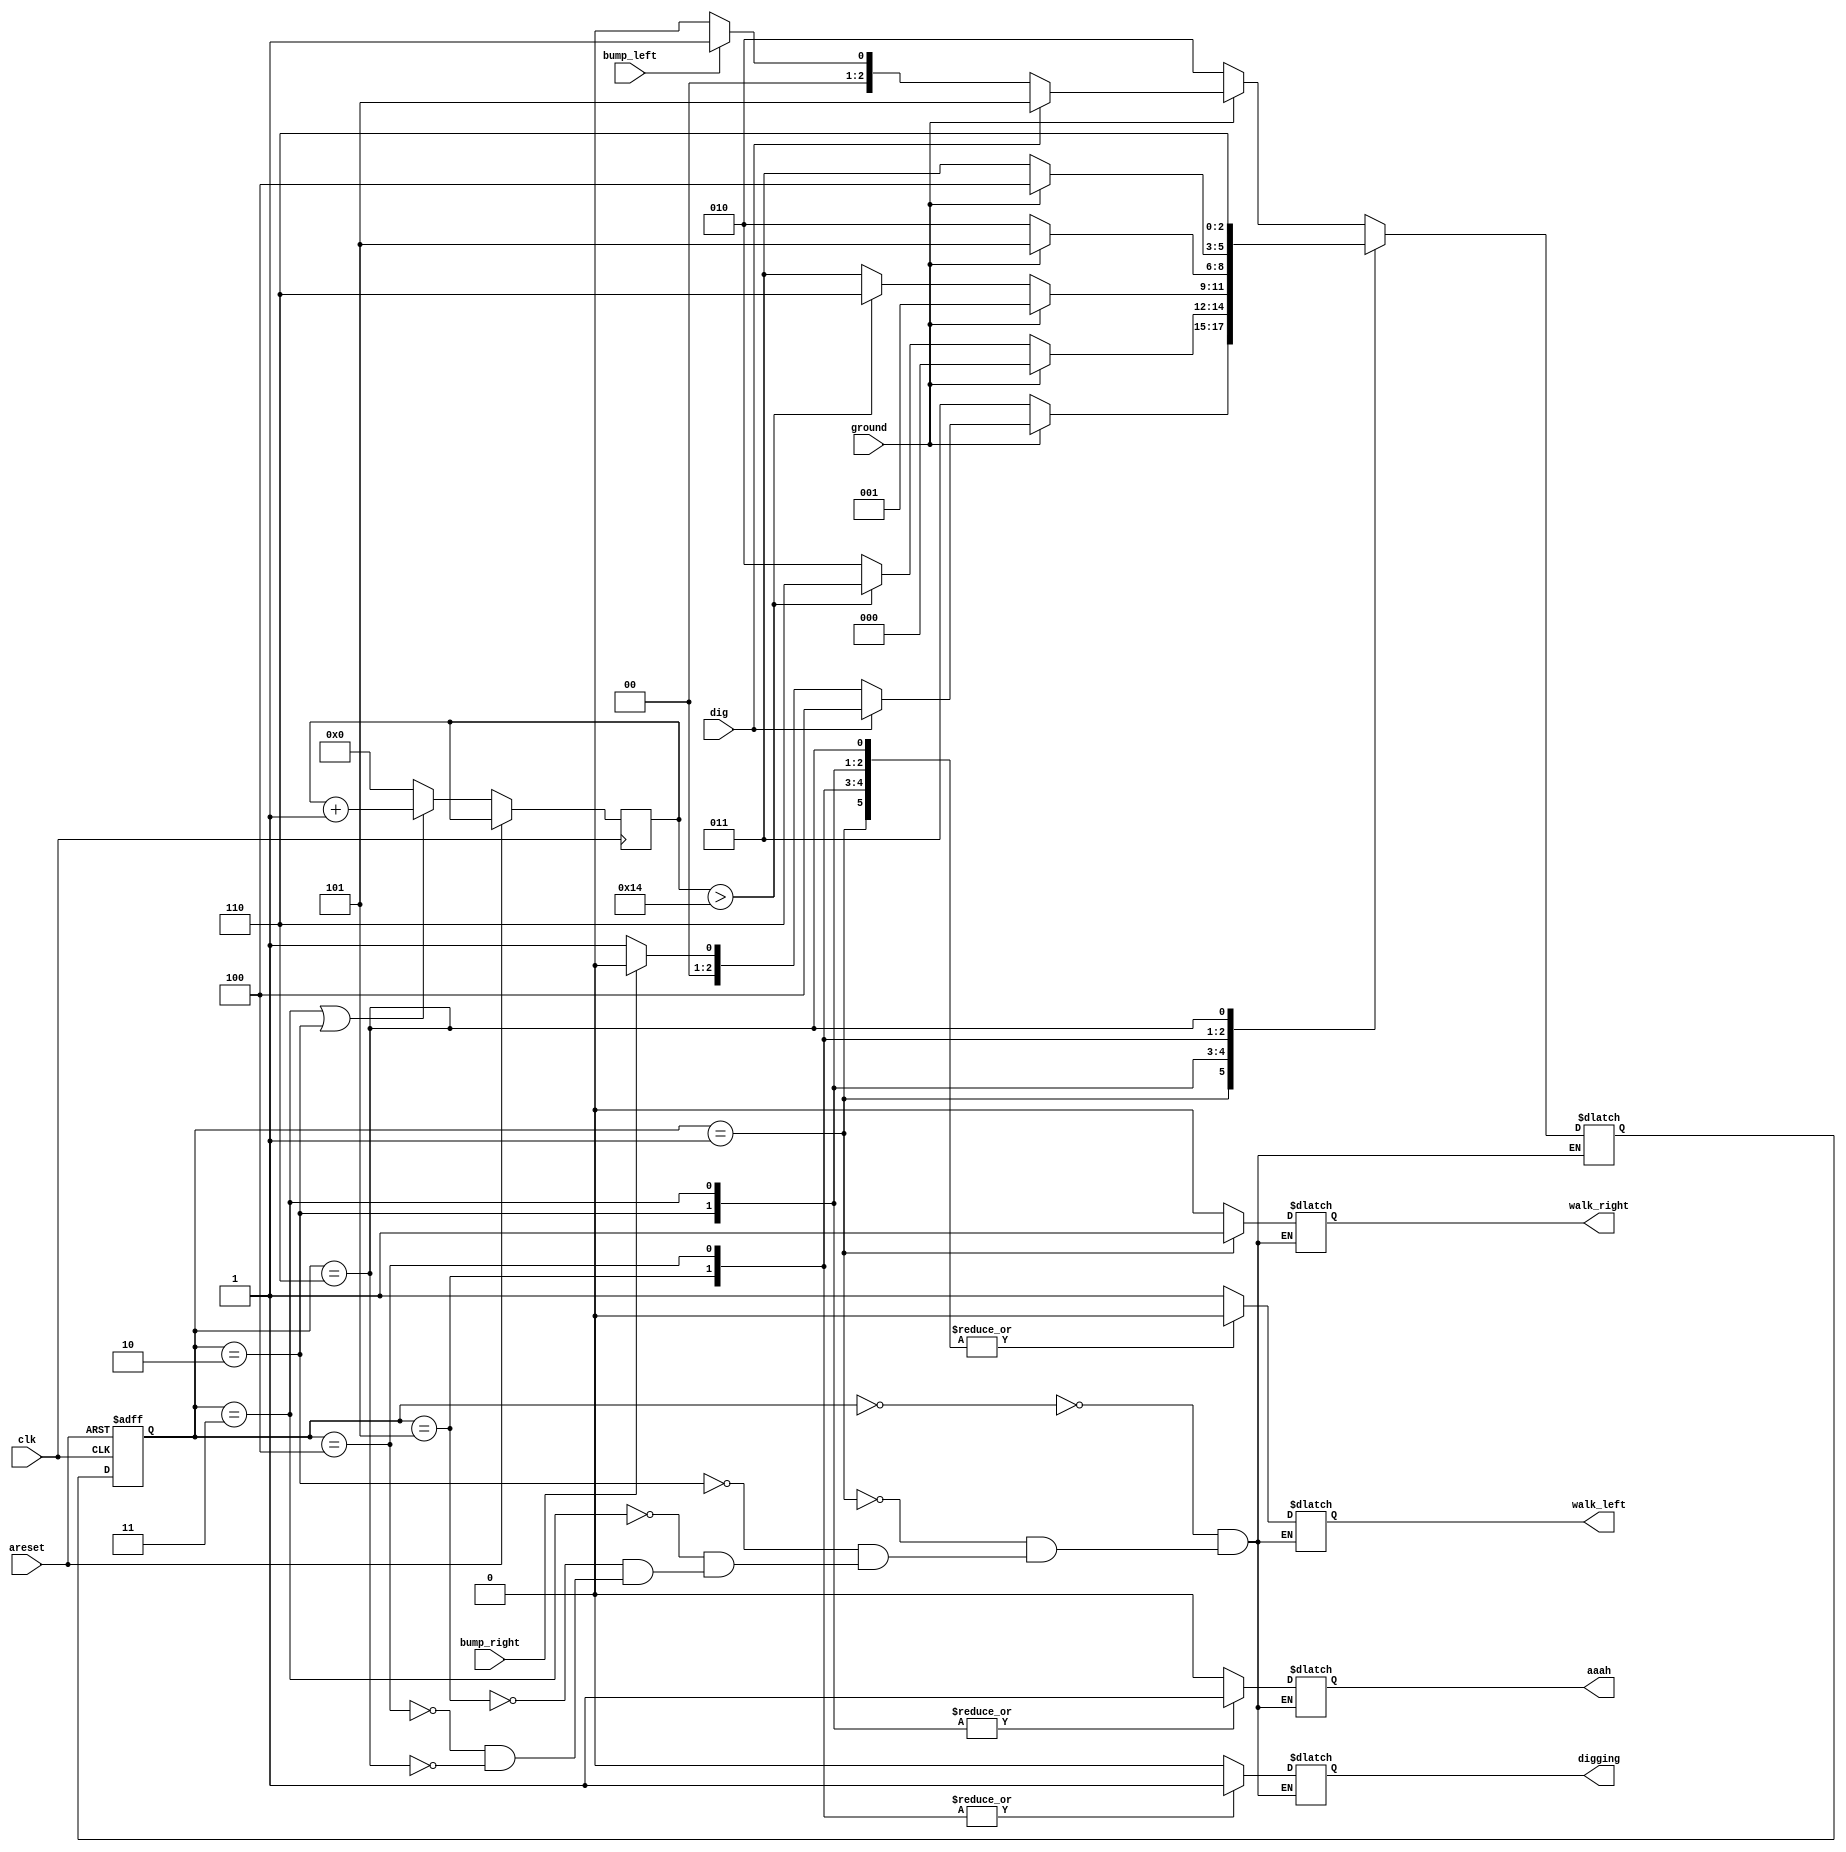
/*
*    
*    2040
*    ()
*    
*    20
*/

module top_module(
    input  clk,
    input  areset,    // FallingReshly brainwashed Lemmings walk left.
    input  bump_left,
    input  bump_right,
    input  ground,
    input  dig,
    output reg walk_left,
    output reg walk_right,
    output reg aaah, 
    output reg digging 
);

    reg [2:0]state,next_state;
    reg [64:0]count;
    parameter WalkingL=0,WalkingR=1,FallingL=2,FallingR=3,DiggingR=4,DiggingL=5,Dead=6;
    always @(*) begin
            case(state)
                WalkingL: 
                    if (ground) begin
                        if (dig) begin
                            next_state = DiggingL;
                        end
                        else if (bump_left) begin
                            next_state = WalkingR;
                        end
                        else begin
                            next_state = WalkingL;
                        end
                    end
                    else begin
                        next_state = FallingL;
                    end
                WalkingR: 
                    if (ground) begin
                        if (dig) begin
                            next_state = DiggingR;
                        end
                        else if (bump_right) begin
                            next_state = WalkingL;
                        end
                        else begin
                            next_state = WalkingR;
                        end
                    end 
                    else begin  
                        next_state = FallingR;
                    end
                FallingL: 
                    if (ground) begin
                        next_state = WalkingL;
                    end
                    else begin
                        if (count>20) begin
                            next_state = Dead;
                        end
                        else begin
                            next_state = FallingL; 
                        end
                    end
                FallingR:
                    if (ground) begin
                        next_state = WalkingR;
                    end
                    else begin
                        if (count>20) begin
                            next_state = Dead;
                        end
                        else begin
                            next_state = FallingR; 
                        end
                    end
                DiggingL: 
                    if (!ground) begin
                        next_state = FallingL;
                    end
                    else begin
                        next_state = DiggingL;
                    end
                DiggingR: 
                    if (!ground) begin
                        next_state = FallingR;
                    end
                    else begin
                        next_state = DiggingR;
                    end
                Dead:
                    next_state = Dead;
            endcase
    end

    always @(posedge clk or posedge areset)begin
        if(areset) begin
            state = WalkingL;
        end
        else begin
            if (state == FallingR || state == FallingL) begin
                state = next_state;
                count = count + 1; 
            end
            else begin
                state = next_state;
                count = 0;
            end
        end
    end



    always @(*) begin
        begin
            case(state)
                WalkingL:  {walk_left,walk_right,aaah,digging}=4'b1000;
                WalkingR:  {walk_left,walk_right,aaah,digging}=4'b0100;
                FallingL:  {walk_left,walk_right,aaah,digging}=4'b0010;
                FallingR:  {walk_left,walk_right,aaah,digging}=4'b0010;
                DiggingL:  {walk_left,walk_right,aaah,digging}=4'b0001;
                DiggingR:  {walk_left,walk_right,aaah,digging}=4'b0001;
                Dead:      {walk_left,walk_right,aaah,digging}=4'b0000;
            endcase
        end
    end 

endmodule